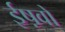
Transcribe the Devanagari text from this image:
ईष़वों